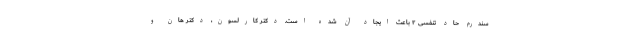
سندرم حاد تنفسی ۲ باعث ایجاد آن شده است. دکتر کارلسون، دکتر هان و